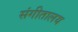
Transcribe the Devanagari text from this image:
संगीतालय